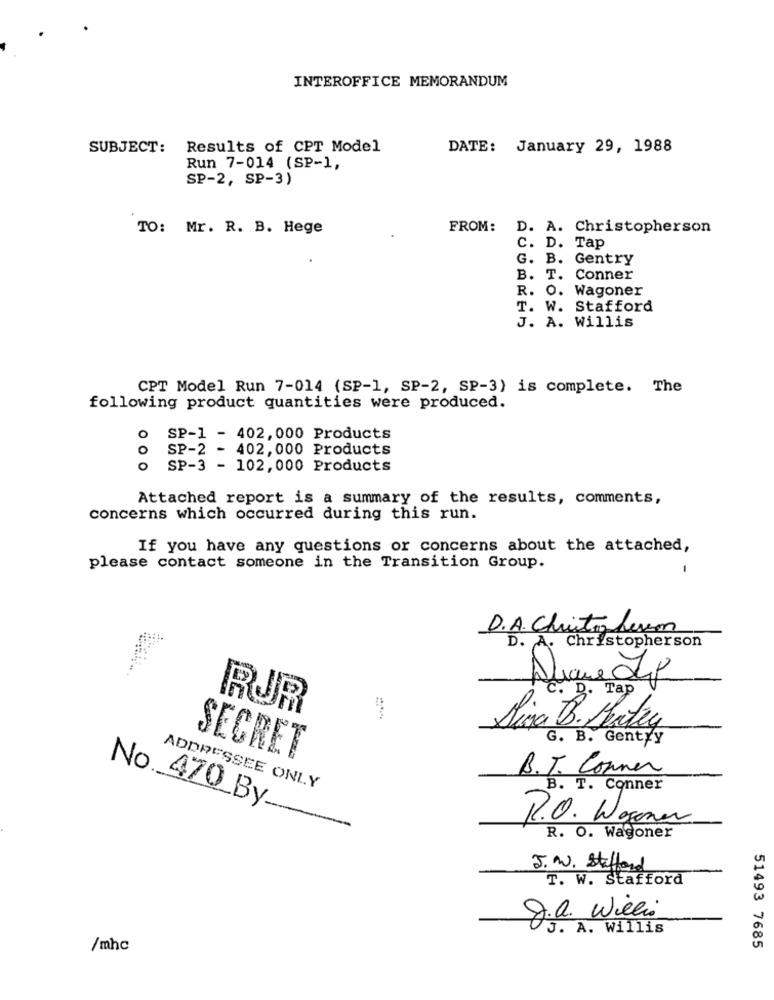
INTEROFFICE MEMORANDUM
SUBJECT: Results of CPT Model
DATE: January 29, 1988
Run 7-014 (SP-1,
SP-2, SP-3)
TO: Mr. R. B. Hege
FROM:
D. A. Christopherson
C. D. Tap
G. B. Gentry
B. T. Conner
R. O. Wagoner
T. W. Stafford
J. A. Willis
CPT Model Run 7-014 (SP-1, SP-2, SP-3) is complete. The
following product quantities were produced.
o SP-1 - 402,000 Products
o SP-2 - 402,000 Products
SP-3 - 102,000 Products
Attached report is a summary of the results, comments,
concerns which occurred during this run.
If you have any questions or concerns about the attached,
please contact someone in the Transition Group.
D.A. Christopheum
D. A. Christopherson
Avque Lo
Tap
RJR
Siga B. Pertry
G. B. Gentyy
SECRET
B.T. Conner
ADDRESSEE ONLY
B. T. Conner
No __ 470 By.
P.O. Wegener
R. O. Wagoner
J. W. Stafford
T. W. Stafford
J.a. Willi
J. A. Willis
/mhc
51493 7685